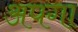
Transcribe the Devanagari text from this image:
अपगा